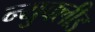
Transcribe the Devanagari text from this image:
न्युक्लीड